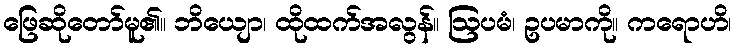
ဖြေဆိုတော်မူ၏။ ဘိယျော၊ ထိုထက်အလွန်။ ဩပမံ၊ ဥပမာကို။ ကရောဟိ၊